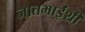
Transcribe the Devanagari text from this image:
जातभाईंशी